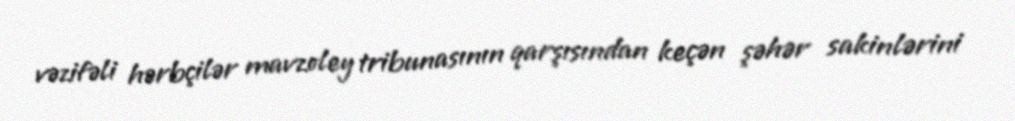
vəzifəli hərbçilər mavzoley tribunasının qarşısından keçən şəhər sakinlərini